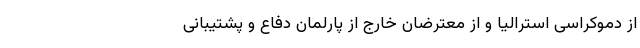
از دموکراسی استرالیا و از معترضان خارج از پارلمان دفاع و پشتیبانی